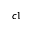
^ { c 1 }